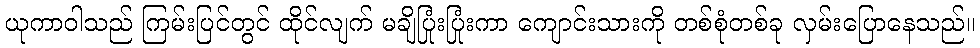
ယုကာဝါသည် ကြမ်းပြင်တွင် ထိုင်လျက် မချိပြုံးပြုံးကာ ကျောင်းသားကို တစ်စုံတစ်ခု လှမ်းပြောနေသည်။